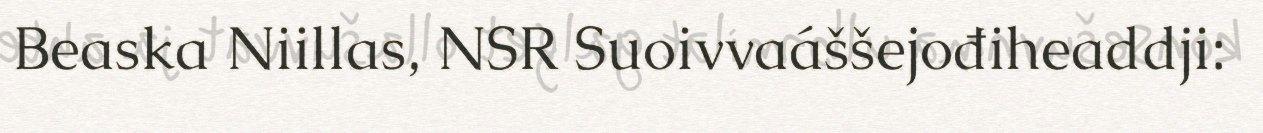
Beaska Niillas, NSR Suoivvaáššejođiheaddji: